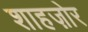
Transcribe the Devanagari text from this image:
शाहज़ोर